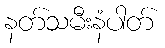
နတ်သမီးနံပါတ်